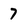
Character: 7